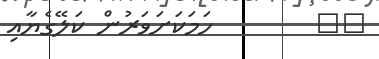
٨٥        ހަމަކަށަވަރުން ކަލޭގެޔާއި